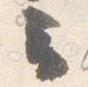
云